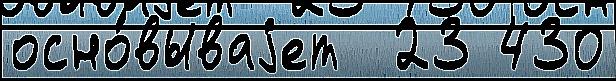
осно́вываjет  23 430